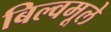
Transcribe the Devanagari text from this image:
बिल्वमूले